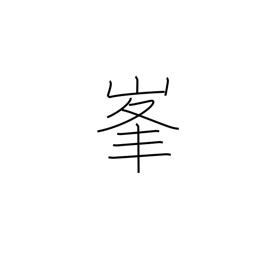
Meaning: peak